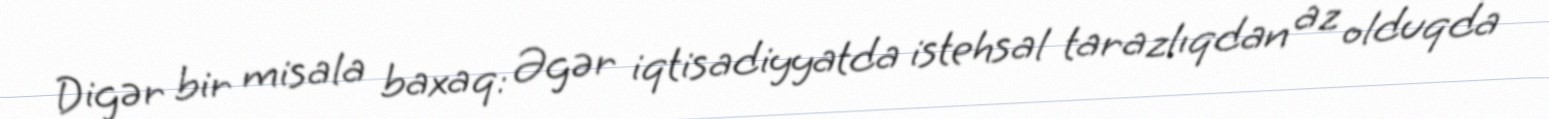
Digər bir misala baxaq: Əgər iqtisadiyyatda istehsal tarazlıqdan az olduqda